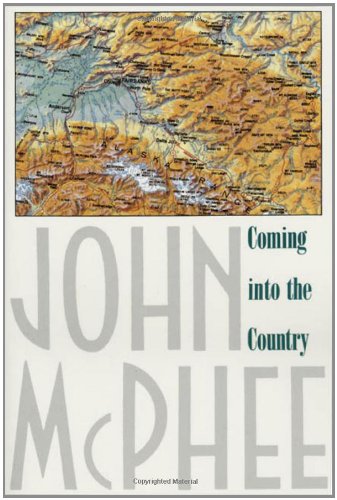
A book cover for Coming into the Country; John McPhee; Science & Math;